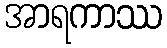
အာရကာဿ